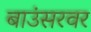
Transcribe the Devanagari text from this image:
बाउंसरवर